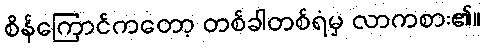
စိန်ကြောင်ကတော့ တစ်ခါတစ်ရံမှ လာကစား၏။